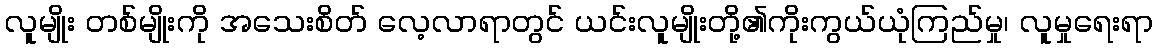
လူမျိုး တစ်မျိုးကို အသေးစိတ် လေ့လာရာတွင် ယင်းလူမျိုးတို့၏ကိုးကွယ်ယုံကြည်မှု၊ လူမှုရေးရာ